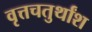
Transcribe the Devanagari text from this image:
वृत्तचतुर्थांश